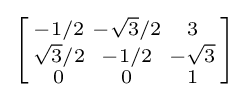
\left[{\begin{smallmatrix}-1/2&-{\sqrt {3}}/2&3\\{\sqrt {3}}/2&-1/2&-{\sqrt {3}}\\0&0&1\\\end{smallmatrix}}\right]